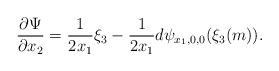
LaTeX: \begin{align*}\frac{\partial \Psi}{\partial x_2} = \frac{1}{2x_1}\xi_3 - \frac{1}{2x_1}d\psi_{x_1,0,0}(\xi_3(m)).\end{align*}